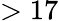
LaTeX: >17